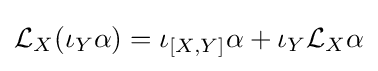
{\mathcal {L}}_{X}(\iota _{Y}\alpha )=\iota _{[X,Y]}\alpha +\iota _{Y}{\mathcal {L}}_{X}\alpha